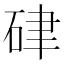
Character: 硉